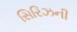
સિરિઝની